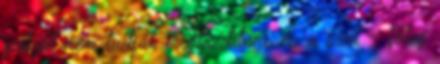
pályát nem tudják megtisztítani, és a szél - főleg